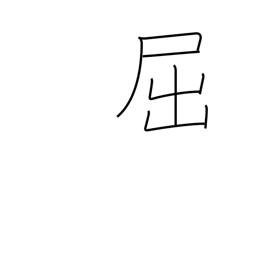
Meaning: yield